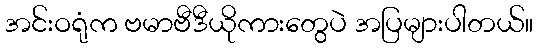
အင်းဝရုံက ဗမာဗီဒီယိုကားတွေပဲ အပြများပါတယ်။